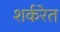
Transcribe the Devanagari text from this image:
शर्करेत